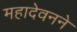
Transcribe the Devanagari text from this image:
महादेवनने